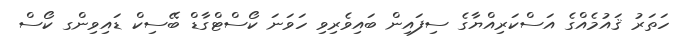
ހަތަރު ޤައުމެއްގެ އަސްކަރިއްޔާގެ ސިފައިން ބައިވެރިވި ހަވަނަ ކޯސްޓްގާޑް ބޭސިކް ޑައިވިންގ ކޯސް